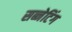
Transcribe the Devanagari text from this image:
सब्नेटिंग